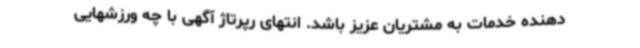
دهنده خدمات به مشتریان عزیز باشد. انتهای رپرتاژ آگهی با چه ورزشهایی